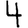
Digit: 4